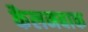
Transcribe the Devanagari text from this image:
कैलनबाक